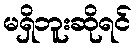
မရှိဘူးဆိုရင်